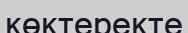
көктеректе